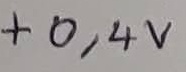
Text: +0,4V